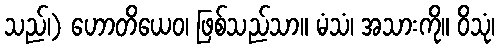
သည်၊) ဟောတိယေဝ၊ ဖြစ်သည်သာ။ မံသံ၊ အသားကို။ ဝိသုံ၊